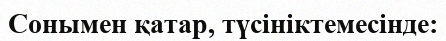
Сонымен қатар, түсініктемесінде: